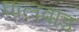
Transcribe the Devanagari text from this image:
घालवाड